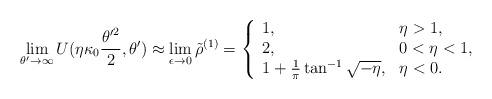
LaTeX: \begin{align*} \lim_{{\theta'} \to \infty}{U(\eta{\kappa_0}\frac{{\theta'}^2}{2}, \theta')}\approx \lim_{{\epsilon} \to 0}{\tilde{\rho}^{(1)}} = \left\{ \begin{array}{l l l} 1, & {\eta}>1,\\ 2, & 0<{\eta}<1,\\{1+\frac{1}{\pi}\tan^{-1}{\sqrt{-\eta}}}, & {\eta}<0.\\\end{array} \right.\end{align*}